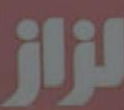
لزاز